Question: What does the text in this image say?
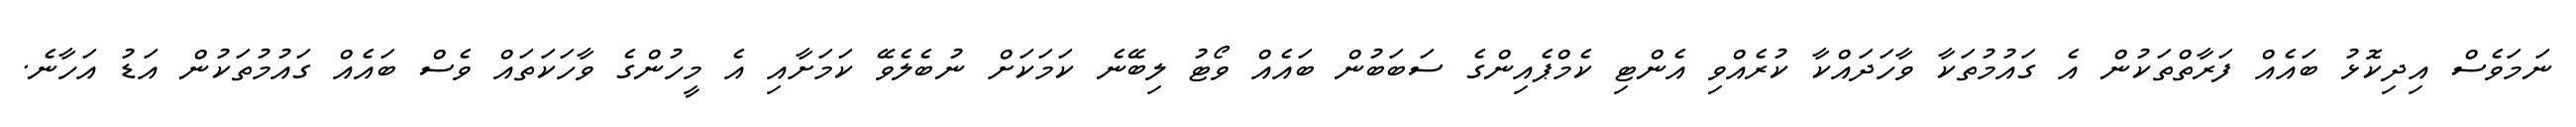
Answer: ނަމަވެސް އިދިކޮޅު ބައެއް ފަރާތްތަކުން އެ ގައުމުތަކާ ވާހަދައްކާ ކުރެއްވި އެންޓި ކެމްޕެއިންގެ ސަބަބުން ބައެއް ވޯޓު ލިބޭނެ ކަމަކަށް ނުބެލެވޭ ކަމަށާއި އެ މީހުންގެ ވާހަކަތައް ވެސް ބައެއް ގައުމުތަކުން އަޑު އަހާނެ.